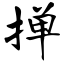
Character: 掸